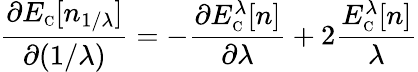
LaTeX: \frac{\partial E_{\scriptscriptstyle\mathrm{C}}[n_{1/\lambda}]}{\partial(1/\lambda)}=-\frac{\partial E_{\scriptscriptstyle\mathrm{C}}^{\lambda}[n]}{\partial\lambda}+2\frac{E_{\scriptscriptstyle\mathrm{C}}^{\lambda}[n]}{\lambda}